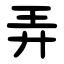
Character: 弄